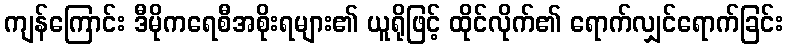
ကျန်ကြောင်း ဒီမိုကရေစီအစိုးရများ၏ ယူရိုဖြင့် ထိုင်လိုက်၏ ရောက်လျှင်ရောက်ခြင်း